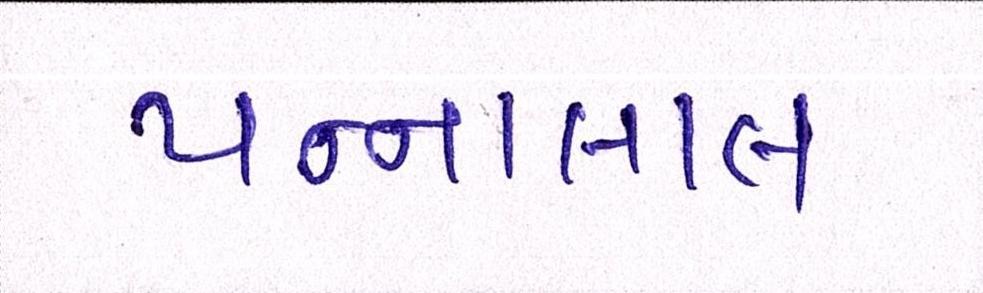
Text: પન્નાલાલ